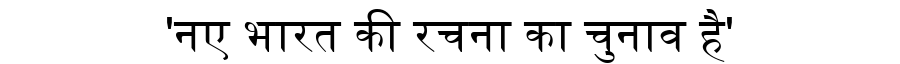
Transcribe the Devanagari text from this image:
'नए भारत की रचना का चुनाव है'